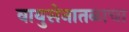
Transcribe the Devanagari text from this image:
वायुसेनातळाचा